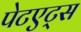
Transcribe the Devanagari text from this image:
पेटएट्स